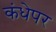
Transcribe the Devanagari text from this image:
कंधेपर